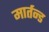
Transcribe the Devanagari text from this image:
मार्तन्ड